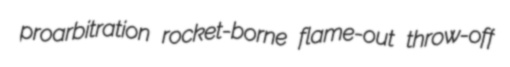
proarbitration rocket-borne flame-out throw-off